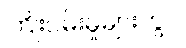
ကြိုးပမ်းမှုများတွင်